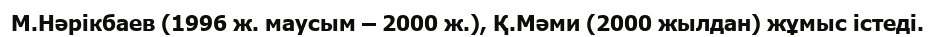
М.Нәрікбаев (1996 ж. маусым – 2000 ж.), Қ.Мәми (2000 жылдан) жұмыс істеді.